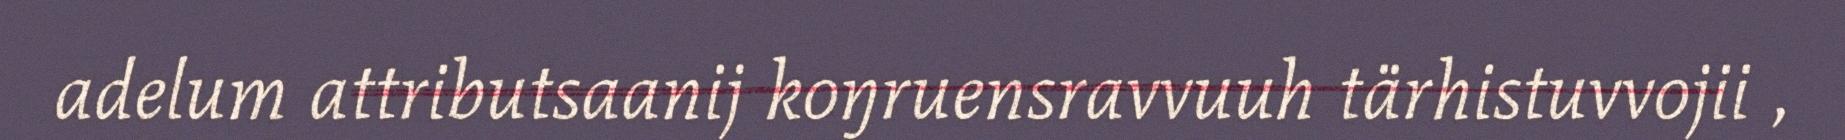
adelum attributsaanij koŋruensravvuuh tärhistuvvojii ,